Report of the Bombay Plague Committee
Disease focus: Plague
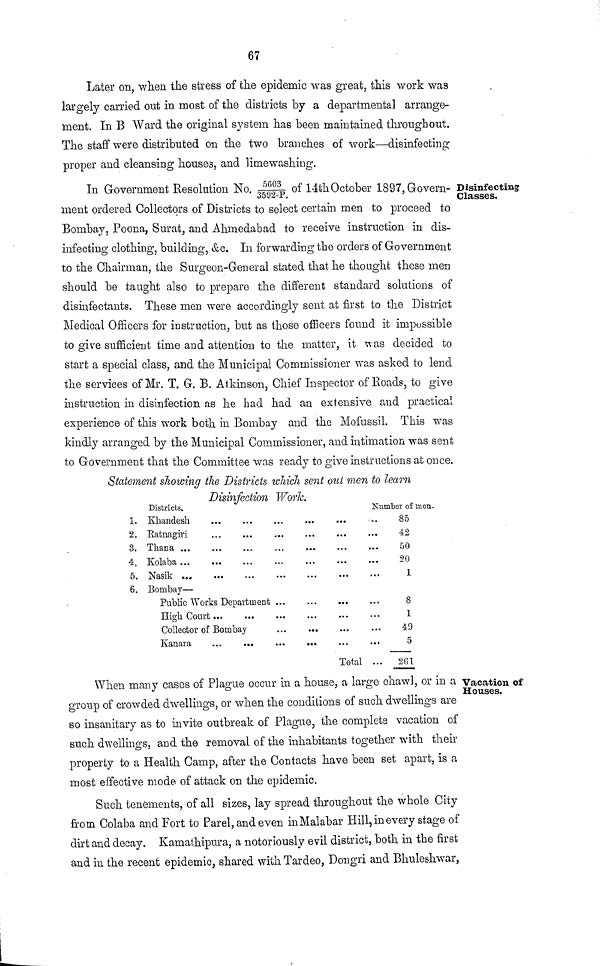
67
Later on, when the stress of the epidemic was great, this work was
largely carried out in most of the districts by a departmental arrange-
ment. In B Ward the original system has been maintained throughout.
The staff were distributed on the two branches of work—disinfecting
proper and cleansing houses, and limewashing:.
Disinfecting
Classes.
In Government Resolution No. 5603/3592-P of 14th October 1897, Govern-
ment ordered Collectors of Districts to select certain men to proceed to
Bombay, Poona, Surat, and Ahmedabad to receive instruction in dis-
infecting clothing, building, &c. In forwarding the orders of Government
to the Chairman, the Surgeon-General stated that he thought these men
should be taught also to prepare the different standard solutions of
disinfectants. These men were accordingly sent at first to the District
Medical Officers for instruction, but as those officers found it impossible
to give sufficient time and attention to the matter, it was decided to
start a special class, and the Municipal Commissioner was asked to lend
the services of Mr. T. G. B. Atkinson, Chief Inspector of Roads, to give
instruction in disinfection as he had had an extensive and practical
experience of this work both in Bombay and the Mofussil. This was
kindly arranged by the Municipal Commissioner, and intimation was sent
to Government that the Committee was ready to give instructions at once.
Statement showing the Districts which sent out men to learn
Disinfection Work.
1.
2.
3.
4.
5.
6.
Districts,
Khandesh
Ratnagiri
Thana
Kolaba
Nasik
Bombay —
Public Works Department ...
High Court
Collector of Bombay
Number of men.
85
42
50
20
1
8
1
49
5
Total ... 261
Vacation of
Houses.
When many cases of Plague occur in a house, a large chawl, or in a
group of crowded dwellings, or when the conditions of such dwellings are
so insanitary as to invite outbreak of Plague, the complete vacation of
such dwellings, and the removal of the inhabitants together with their
property to a Health Camp, after the Contacts have been set apart, is a
most effective mode of attack on the epidemic.
Such tenements, of all sizes, lay spread throughout the whole City
from Colaba and Fort to Parel, and even in Malabar Hill, in every stage of
dirt and decay. Kamathipura, a notoriously evil district, both in the first
and in the recent epidemic, shared with Tardeo, Dongri and Bhuleshwar,